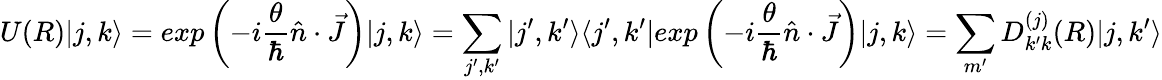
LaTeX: U(R)|j,k\rangle=exp\left({-i{\frac{\theta}{\hbar}}{\hat{n}}\cdot{\vec{J}}}\right)|j,k\rangle=\sum_{j^{\prime},k^{\prime}}|j^{\prime},k^{\prime}\rangle\langle j^{\prime},k^{\prime}|exp\left({-i{\frac{\theta}{\hbar}}{\hat{n}}\cdot{\vec{J}}}\right)|j,k\rangle=\sum_{m^{\prime}}D_{k^{\prime}k}^{(j)}(R)|j,k^{\prime}\rangle